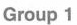
Group 1